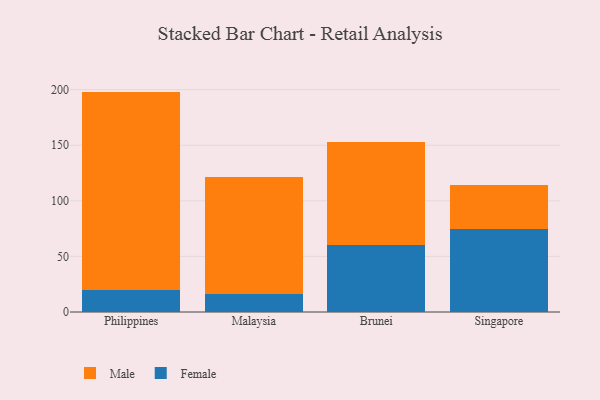
{"axis": {"x": "Country", "y": "Bounce Rate (%)"}, "legend": ["Female", "Male"], "data": [{"x": "Philippines", "y": 19.5, "type": "Female"}, {"x": "Philippines", "y": 178.7, "type": "Male"}, {"x": "Malaysia", "y": 15.8, "type": "Female"}, {"x": "Malaysia", "y": 105.2, "type": "Male"}, {"x": "Brunei", "y": 60.1, "type": "Female"}, {"x": "Brunei", "y": 93.0, "type": "Male"}, {"x": "Singapore", "y": 74.7, "type": "Female"}, {"x": "Singapore", "y": 39.6, "type": "Male"}]}